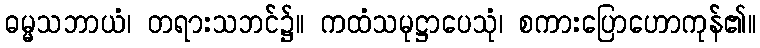
ဓမ္မသဘာယံ၊ တရားသဘင်၌။ ကထံသမုဋ္ဌာပေသုံ၊ စကားပြောဟောကုန်၏။